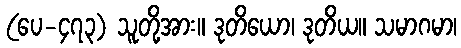
(ပေ-၄၇၃) သူတို့အား။ ဒုတိယော၊ ဒုတိယ။ သမာဂမာ၊